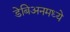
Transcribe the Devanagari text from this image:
डेबिअनमध्ये